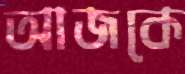
আজকে